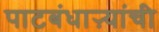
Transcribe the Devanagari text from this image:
पाटबंधाऱ्यांची